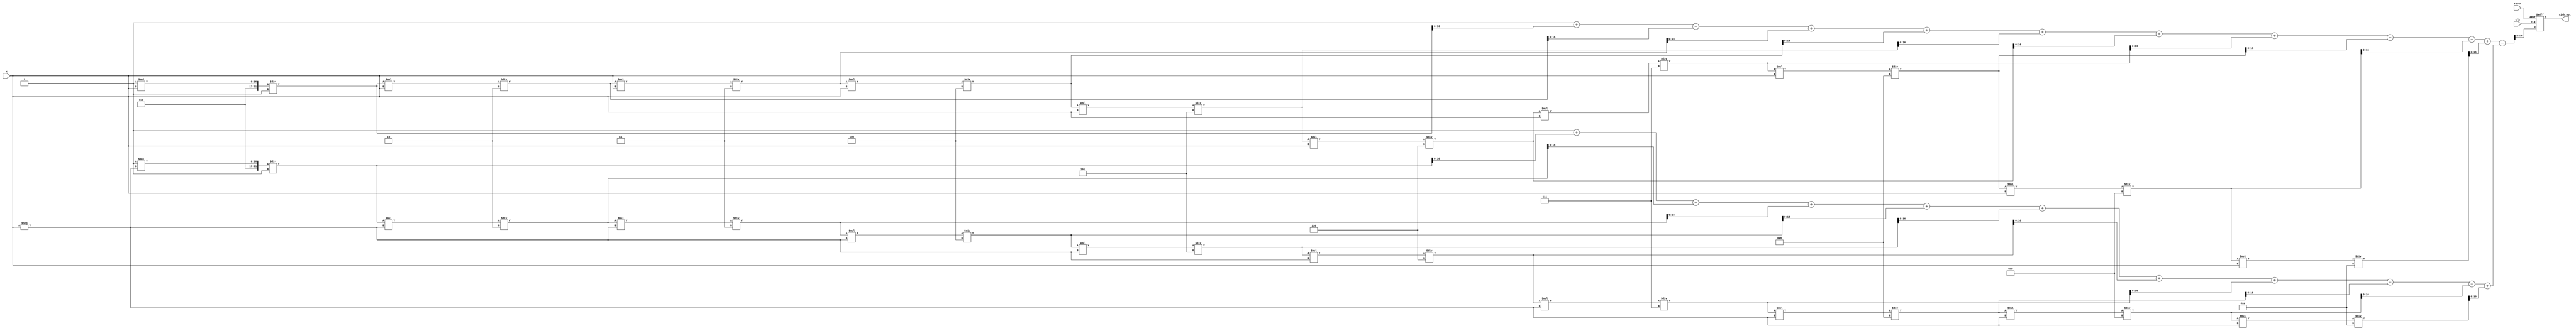
module sinh_block (
    input wire [15:0] x,         // Input value (fixed-point representation)
    output reg [15:0] sinh_out,  // Output value (fixed-point representation)
    input wire clk,              // Clock signal
    input wire reset             // Reset signal
);

    // Internal signals
    reg [31:0] exp_x;            // e^x
    reg [31:0] exp_neg_x;        // e^-x
    reg [31:0] sub_result;       // e^x - e^-x
    reg [31:0] div_result;       // (e^x - e^-x) / 2

    // Simple approximation for e^x using Taylor series expansion
    function [31:0] exp_approx;
        input [15:0] x;
        reg [31:0] term;
        reg [31:0] sum;
        integer i;
        begin
            sum = 32'h00000001; // e^0 = 1
            term = 32'h00000001; // First term x^0 / 0!
            for (i = 1; i <= 10; i = i + 1) begin
                term = term * x / i; // Calculate next term
                sum = sum + term;     // Add term to sum
            end
            exp_approx = sum;
        end
    endfunction

    always @(posedge clk or posedge reset) begin
        if (reset) begin
            sinh_out <= 16'b0;
        end else begin
            // Compute e^x and e^-x
            exp_x = exp_approx(x);
            exp_neg_x = exp_approx(-x);

            // Compute e^x - e^-x
            sub_result = exp_x - exp_neg_x;

            // Compute (e^x - e^-x) / 2
            div_result = sub_result >> 1; // Divide by 2 using right shift

            // Assign output
            sinh_out <= div_result[15:0]; // Output lower 16 bits
        end
    end

endmodule